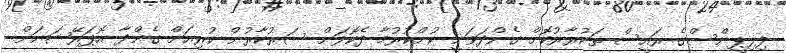
ފިލިޕީންސްގެ ރައީސް ތަކުރާރުކޮށް ގެންދަވަނީ ކުށްކުރުމާ ދެކޮޅަށް ސަރުކާރުން ކުރިއަށް ގެންދާ އޮޕަރޭޝަނަށް